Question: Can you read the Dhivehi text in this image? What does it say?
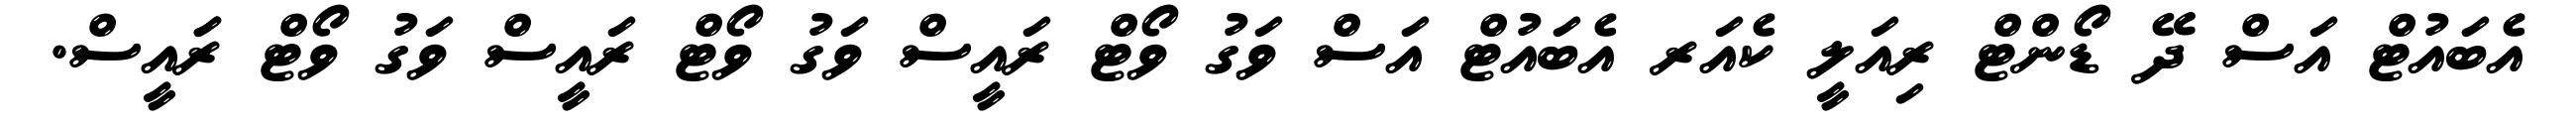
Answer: އެބައުޓް އަސް ދޭ ޑޯންޓް ރިއަލީ ކެއަރ އެބައުޓް އަސް ވަގު ވޯޓް ރައީސް ވަގު ވޯޓް ރައީސް ވަގު ވޯޓް ރަައީސް.